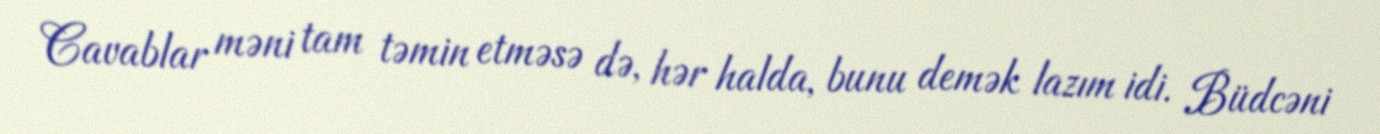
Cavablar məni tam təmin etməsə də, hər halda, bunu demək lazım idi. Büdcəni